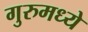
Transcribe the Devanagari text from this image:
गुरुमध्ये